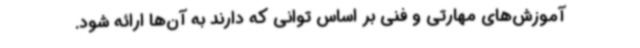
آموزش‌های مهارتی و فنی بر اساس توانی که دارند به آن‌ها ارائه شود.